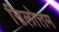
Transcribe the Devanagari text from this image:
निलोत्तम